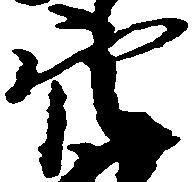
穴